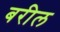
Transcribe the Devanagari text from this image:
बरील